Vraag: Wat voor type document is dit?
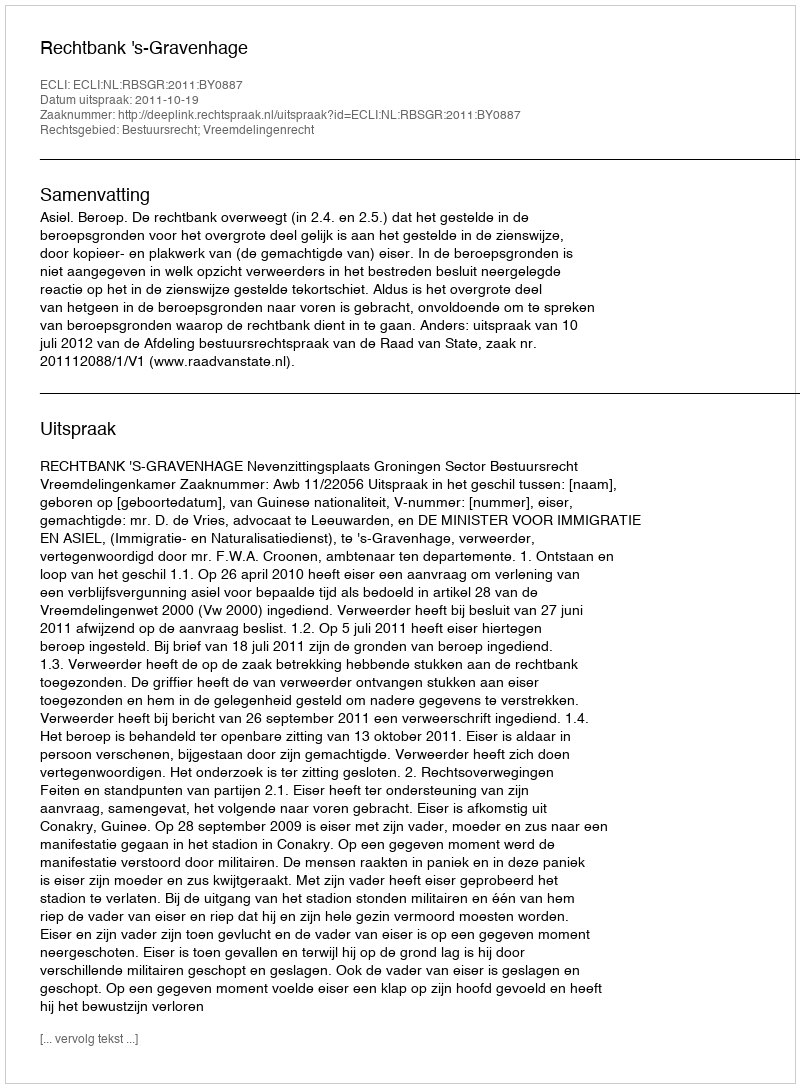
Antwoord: Uitspraak